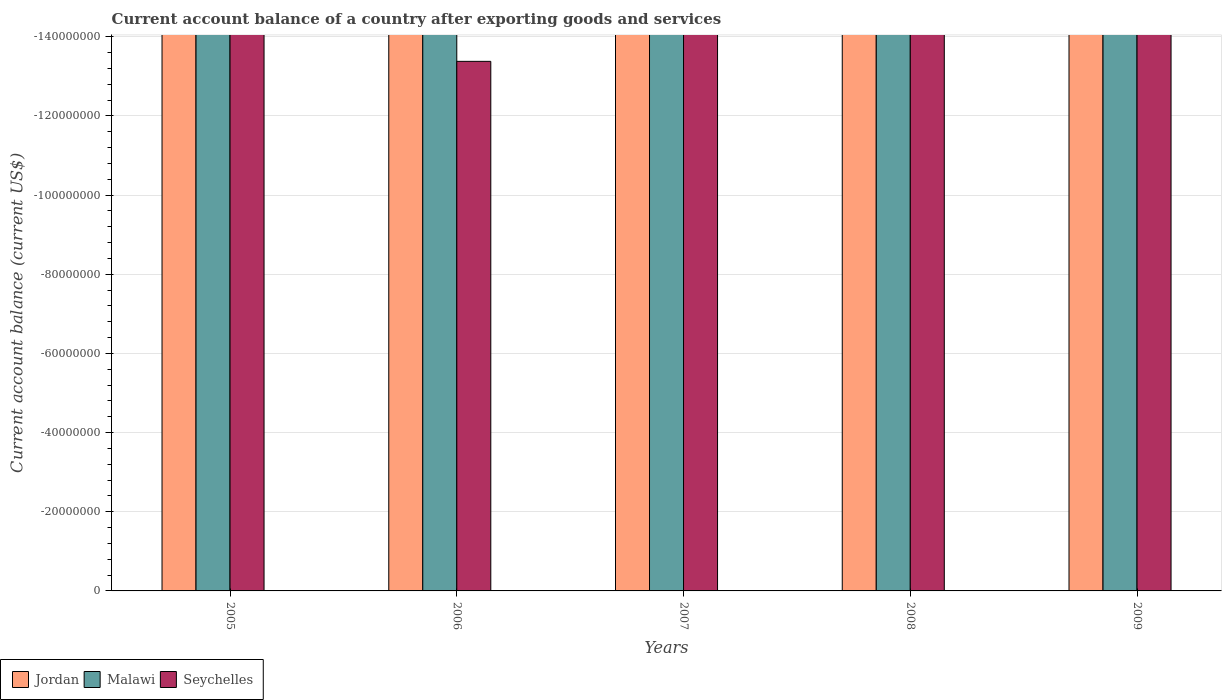
| Years | Jordan | Malawi | Seychelles |
 | --- | --- | --- | --- |
 | 2005 | -2.27e+09 | -5.07e+08 | -1.74e+08 |
 | 2006 | -1.73e+09 | -3.07e+08 | -1.34e+08 |
 | 2007 | -2.87e+09 | -4.18e+08 | -1.94e+08 |
 | 2008 | -2.05e+09 | -6.64e+08 | -2.63e+08 |
 | 2009 | -1.24e+09 | -4.82e+08 | -1.89e+08 |